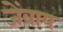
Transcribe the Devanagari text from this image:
जेंवाय